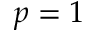
p = 1